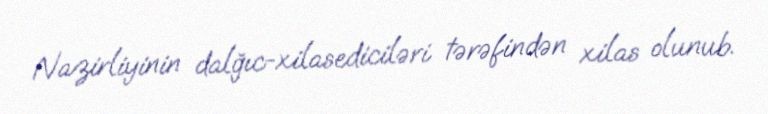
Nazirliyinin dalğıc-xilasediciləri tərəfindən xilas olunub.